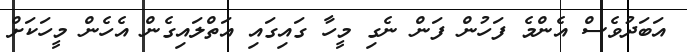
އަބަދުވެސް އެންމެ ފަހުން ފަން ނެގި މީހާ ގައިގައި އަތްލައިގެން އެހެން މީހަކަށް